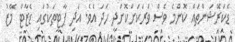
ޑެކަރޭޝަންތައް ކޮންމެ ވެސް ވަރަކަށްކޮށްދީ ހަދަ އެވެ. އަދި ޕާޓީތަކުގައި ޑެޒާޓް މޭޒު